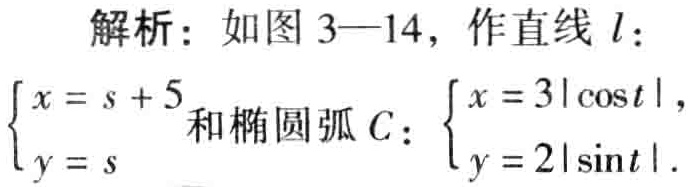
解析：如图 3—14，作直线 \(l\)：
\(\begin{cases}
x = s + 5\\
y = s
\end{cases}\)
和椭圆弧 \(C\)：\(\begin{cases}
x = 3|\cos t|\\
y = 2|\sin t|
\end{cases}\)